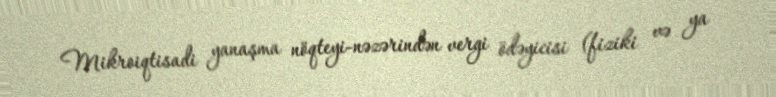
Mikroiqtisadi yanaşma nöqteyi-nəzərindən vergi ödəyicisi (fiziki və ya